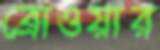
ব্রোওয়ার